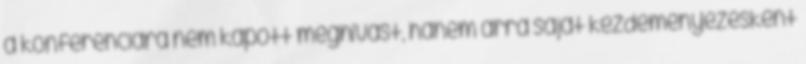
a konferenciára nem kapott meghívást, hanem arra saját kezdeményezésként